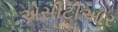
એસીટીઆર